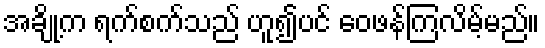
အချို့က ရက်စက်သည် ဟူ၍ပင် ဝေဖန်ကြလိမ့်မည်။